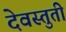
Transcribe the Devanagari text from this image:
देवस्तुती